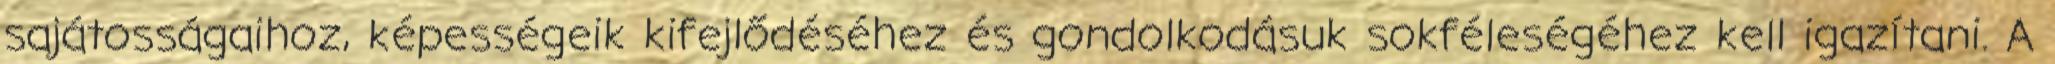
sajátosságaihoz, képességeik kifejlődéséhez és gondolkodásuk sokféleségéhez kell igazítani. A